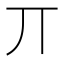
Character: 丌